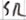
Text: SR